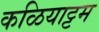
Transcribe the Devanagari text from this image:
कळियाट्टम